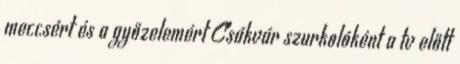
meccsért és a győzelemért Csákvár szurkolóként a tv előtt